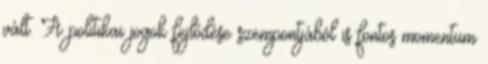
vált. A politikai jogok fejlődése szempontjából is fontos momentum